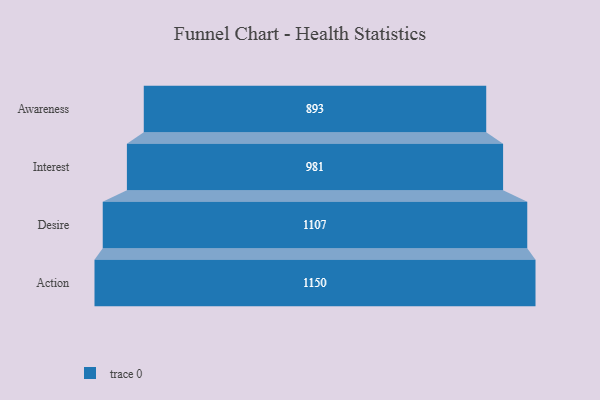
{"axis": {"x": "Stage", "y": "Value"}, "legend": [""], "data": [{"x": "Awareness", "y": 893.0, "type": ""}, {"x": "Interest", "y": 981.0, "type": ""}, {"x": "Desire", "y": 1107.0, "type": ""}, {"x": "Action", "y": 1150.0, "type": ""}]}